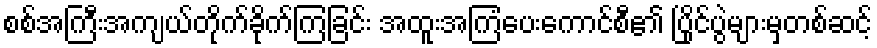
စစ်အကြီးအကျယ်တိုက်ခိုက်ကြခြင်း အထူးအကြံပေးကောင်စီ၏ ပြိုင်ပွဲများမှတစ်ဆင့်